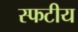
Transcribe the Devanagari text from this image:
स्फटीय